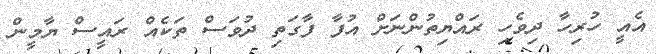
އެއީ ހުރިހާ ދިވެހި ރައްޔިތުންނަށް އުފާ ފާގަތި ދުވަސް ތަކެެއް ރައީސް ޔާމީން